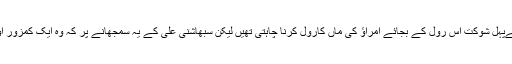
ایک دلچسپ قصہ یہ ہے کہ امراؤ جان میں آج جس رول کے لیے ان کو یاد کیا جاتا ہے، پہلےپہل شوکت اس رول کے بجائے امراؤ کی ماں کارول کرنا چاہتی تھیں لیکن سبھاشنی علی کے یہ سمجھانے پر کہ وہ ایک کمزور اور مظلوم ماں کا رول ہے جو ان کو سوٹ نہیں کرتا اس لیےآپ کو خانم کا رول کرنا چاہیے۔